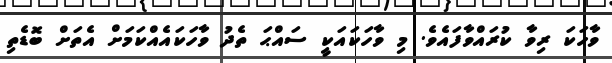
ވާހަކަ ރިވާ ކުރައްވާފައެވެ. މި ވާހަކައަކީ ސައްޙަ ތެދު ވާހަކައެއްކަމަށް އެތަށް ބޮޑެތި